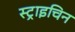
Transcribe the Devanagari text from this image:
स्ट्राइचिन